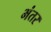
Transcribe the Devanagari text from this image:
भंतर